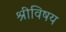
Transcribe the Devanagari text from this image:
श्रीविषय